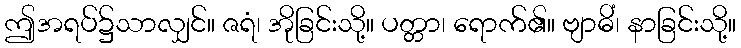
ဤအရပ်၌သာလျှင်။ ဇရံ၊ အိုခြင်းသို့။ ပတ္တာ၊ ရောက်၏။ ဗျာဓိံ၊ နာခြင်းသို့။